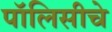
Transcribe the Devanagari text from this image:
पॉलिसीचे